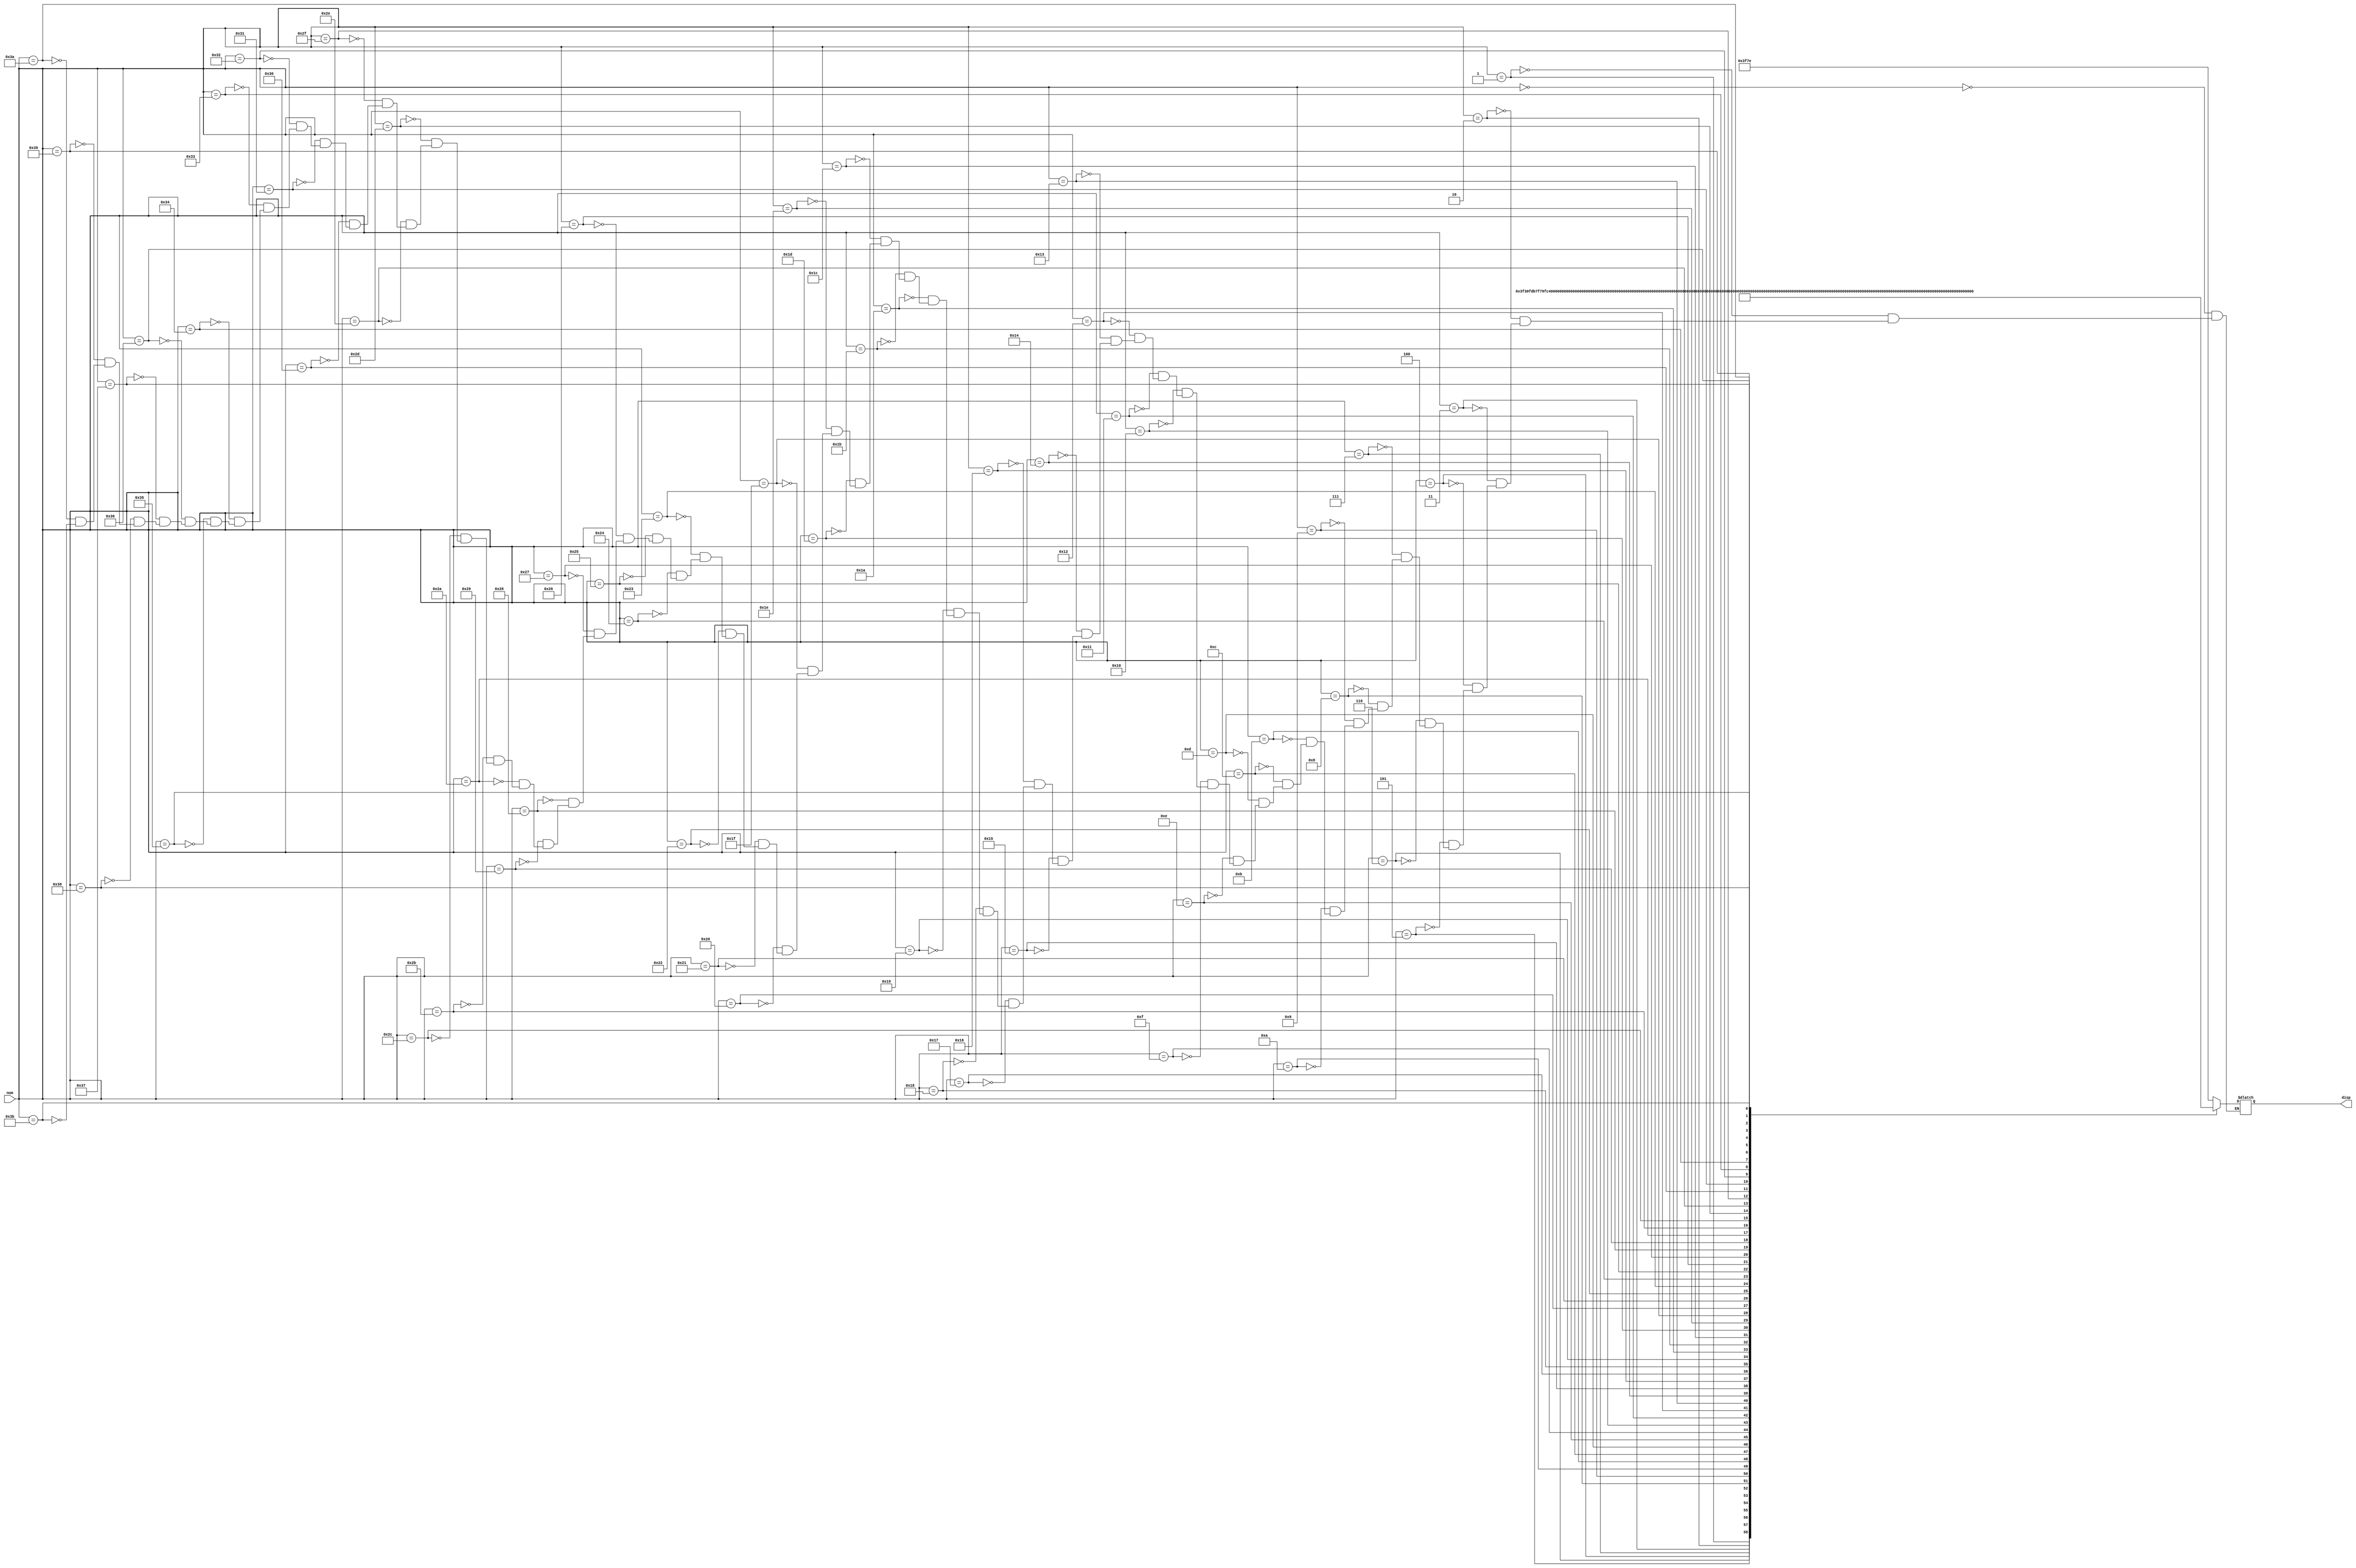
module Mux(input [5:0]num,output reg [13:0]disp);
always@(*)
case(num)
6'd00: disp = 14'b1111110_1111110;
6'd01: disp = 14'b1111110_0110000;
6'd02: disp = 14'b1111110_1101101;
6'd03: disp = 14'b1111110_1111001;
6'd04: disp = 14'b1111110_0010011;
6'd05: disp = 14'b1111110_0011011;
6'd06: disp = 14'b1111110_1011111;
6'd07: disp = 14'b1111110_1110000;
6'd08: disp = 14'b1111110_1111111;
6'd09: disp = 14'b1111110_1111011;
6'd10: disp = 14'b0110000_1111110;
6'd11: disp = 14'b0110000_0110000;
6'd12: disp = 14'b0110000_1101101;
6'd13: disp = 14'b0110000_1111001;
6'd14: disp = 14'b0110000_0010011;
6'd15: disp = 14'b0110000_0011011;
6'd16: disp = 14'b0110000_1011111;
6'd17: disp = 14'b0110000_1110000;
6'd18: disp = 14'b0110000_1111111;
6'd19: disp = 14'b0110000_1111011;
6'd20: disp = 14'b1101101_1111110;
6'd21: disp = 14'b1101101_0110000;
6'd22: disp = 14'b1101101_1101101;
6'd23: disp = 14'b1101101_1111001;
6'd24: disp = 14'b1101101_0010011;
6'd25: disp = 14'b1101101_0011011;
6'd26: disp = 14'b1101101_1011111;
6'd27: disp = 14'b1101101_1110000;
6'd28: disp = 14'b1101101_1111111;
6'd29: disp = 14'b1101101_1111011;
6'd30: disp = 14'b1111001_1111110;
6'd31: disp = 14'b1111001_0110000;
6'd32: disp = 14'b1111001_1101101;
6'd33: disp = 14'b1111001_1111001;
6'd34: disp = 14'b1111001_0010011;
6'd35: disp = 14'b1111001_0011011;
6'd36: disp = 14'b1111001_1011111;
6'd37: disp = 14'b1111001_1110000;
6'd38: disp = 14'b1111001_1111111;
6'd39: disp = 14'b1111001_1111011;
6'd40: disp = 14'b0010011_1111110;
6'd41: disp = 14'b0010011_0110000;
6'd42: disp = 14'b0010011_1101101;
6'd43: disp = 14'b0010011_1111001;
6'd44: disp = 14'b0010011_0010011;
6'd45: disp = 14'b0010011_0011011;
6'd46: disp = 14'b0010011_1011111;
6'd47: disp = 14'b0010011_1110000;
6'd48: disp = 14'b0010011_1111111;
6'd49: disp = 14'b0010011_1111011;
6'd50: disp = 14'b0011011_1111110;
6'd51: disp = 14'b0011011_0110000;
6'd52: disp = 14'b0011011_1101101;
6'd53: disp = 14'b0011011_1111001;
6'd54: disp = 14'b0011011_0010011;
6'd55: disp = 14'b0011011_0011011;
6'd56: disp = 14'b0011011_1011111;
6'd57: disp = 14'b0011011_1110000;
6'd58: disp = 14'b0011011_1111111;
6'd59: disp = 14'b0011011_1111011;
endcase
endmodule